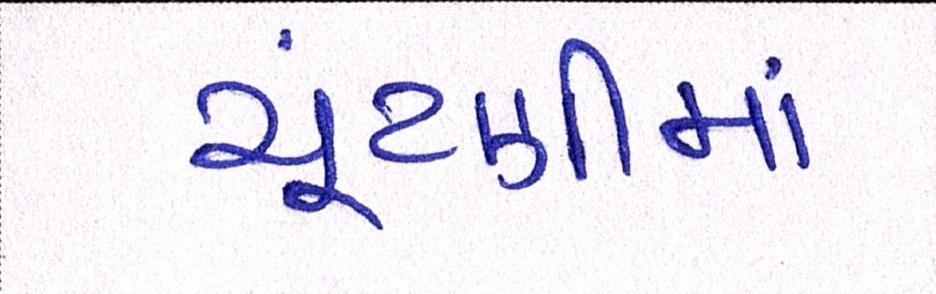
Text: ચૂંટણીમાં